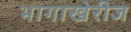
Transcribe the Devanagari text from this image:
भागाखेरीज